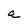
Character: a